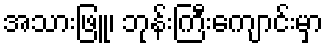
အသားဖြူ၊ ဘုန်းကြီးကျောင်းမှာ